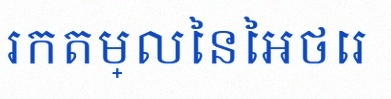
រកតម្លៃនៃអថេរ